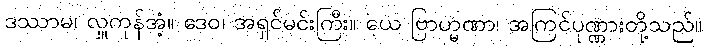
ဒဿာမ၊ လှူကုန်အံ့။ ဒေဝ၊ အရှင်မင်းကြီး။ ယေ ဗြာဟ္မဏာ၊ အကြင်ပုဏ္ဏားတို့သည်။